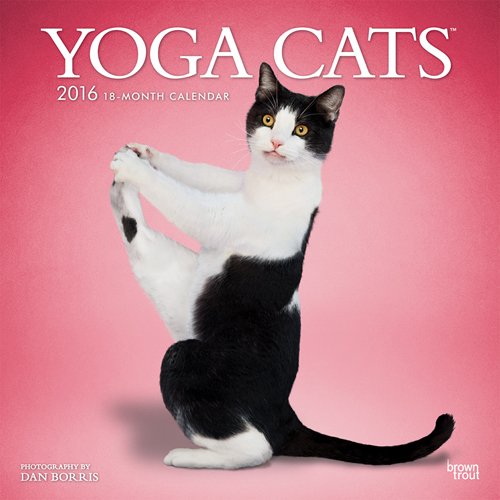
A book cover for Yoga Cats 2016 Square 12x12 (Multilingual Edition); Browntrout Publishers; Calendars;